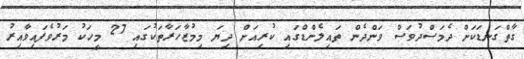
ގާތްގަނޑަކަށް ދެމަސްދުވަސް ވަންދެން ތައިލެންޑްގައި ކުރިއަށް ދިޔަ މިމުޒާހަރާތަކުގައި 27 މީހަކު މަރުވެފައިވާއިރު